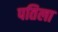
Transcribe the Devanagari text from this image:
पतिला